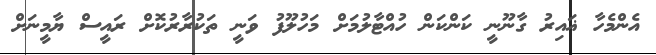
އެންމެހާ ޣައިރު ގާނޫނީ ކަންކަން ހުއްޓާލުމަށް މަހުލޫފު ވަނީ ތަކުރާރުކޮށް ރައީސް ޔާމީނަށް